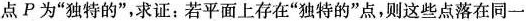
点P为“独特的”，求证：若平面上存在“独特的”点，则这些点落在同一